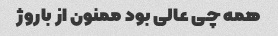
همه چی عالی بود ممنون از باروژ